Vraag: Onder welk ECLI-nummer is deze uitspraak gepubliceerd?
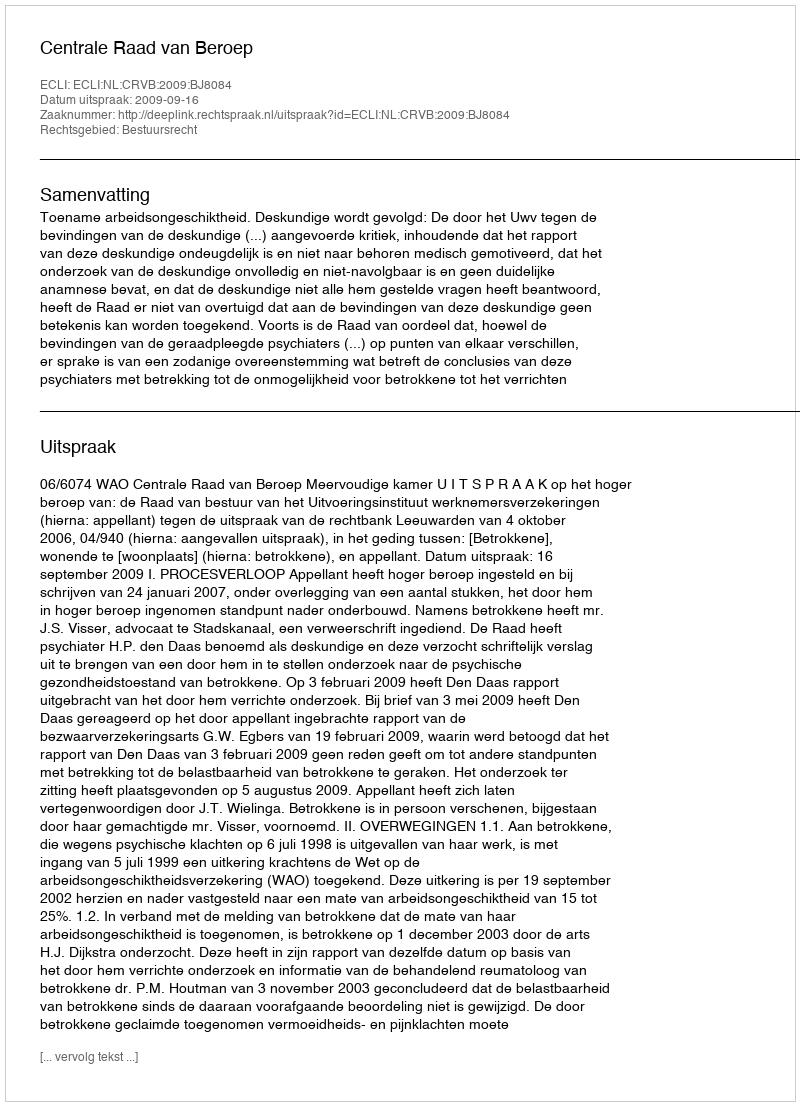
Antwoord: ECLI:NL:CRVB:2009:BJ8084